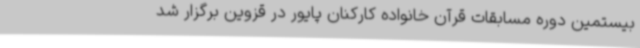
بیستمین دوره مسابقات قرآن خانواده کارکنان پایور در قزوین برگزار شد